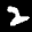
Label: 2